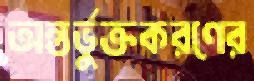
অন্তর্ভুক্তকরণের